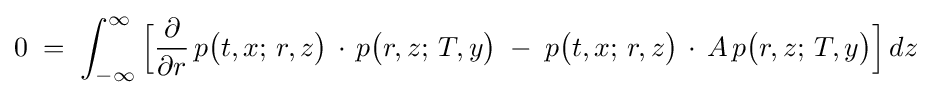
0\;=\;\int _{-\infty }^{\infty }{\Bigl [}{\frac {\partial }{\partial r}}\,p{\bigl (}t,x;\,r,z{\bigr )}\,\cdot \,p{\bigl (}r,z;\,T,y{\bigr )}\;-\;p{\bigl (}t,x;\,r,z{\bigr )}\,\cdot \,A\,p{\bigl (}r,z;\,T,y{\bigr )}{\Bigr ]}\,dz